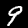
Label: 9